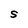
Character: S